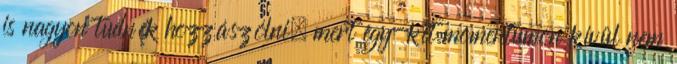
is nagyon tudnék hozzászólni, mert egy-két momentumon kívül nem